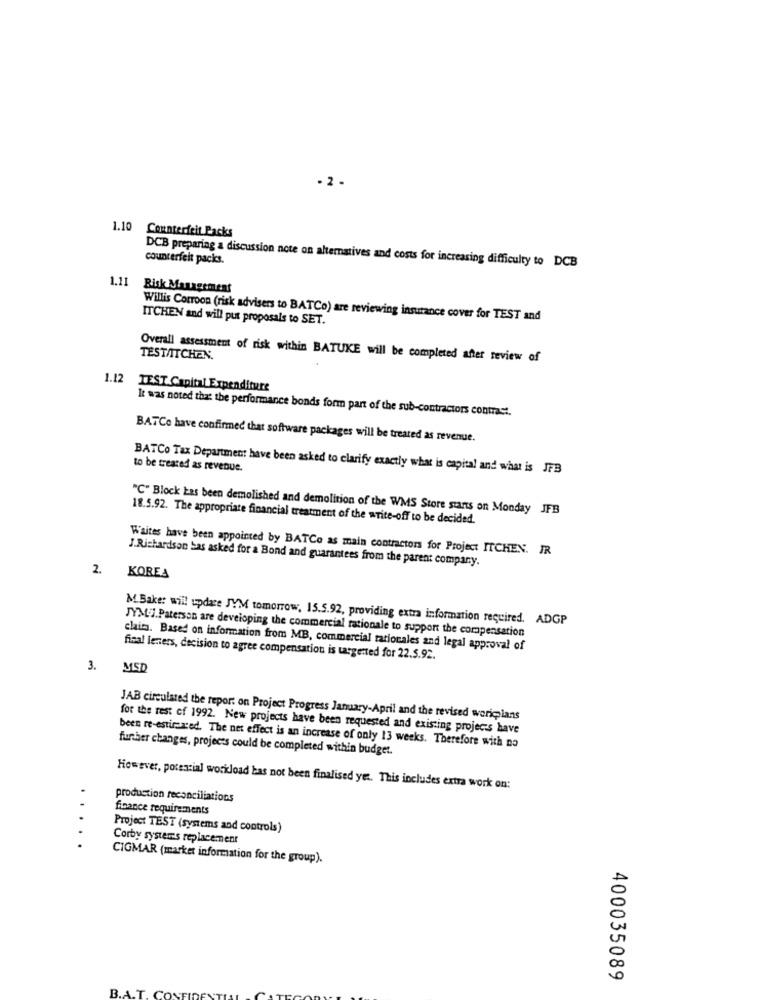
- 2.
1.10 Counterfeit Packs
counterfeit packs.
DCB preparing a discussion note on alternatives and costs for increasing difficulty to DCB
1.11
Risk Management
Willis Corroon (risk advisers to BATCo) are reviewing insurance cover for TEST and
ITCHEN and will put proposals to SET.
TESTAITCHEN
Overall assessment of risk within BATUKE will be completed after review of
1.12 TEST Capital Expenditure
It was noted that the performance bonds form part of the sub-contractors contrast.
BATCo have confirmed that software packages will be treated as revenue.
BATCo Tax Department have been asked to clarify exactly what is capital and what is JFB
to be treated as revenue.
"C" Block Las been demolished and demolition of the WMS Store starts on Monday JFB
18.5.92. The appropriate financial treatment of the write-off to be decided.
W'aites have been appointed by BATCo as main contractors for Project ITCHEN. IR
J.Richardson bas asked for a Bond and guarantees from the parent company.
2.
KOREA
M.Bake: will update JYM tomorrow, 15.5.92, providing extra information required. ADGP
JYML:J.Paterson are developing the commercial rationale to support the compensation
claims. Based on information from MB, commercial tationales and legal approval of
final leners, decision to agree compensation is targetted for 22.5.92.
3.
MSD
JAB circulated the report on Project Progress January-April and the revised wericians
for the rest of 1992. New projects have been requested and existing projects have
been re-estimated. The net effect is an increase of only 13 weeks. Therefore with no
further changes, projects could be completed within budget.
However, potenzial workload has not been finalised yet. This includes extra work on:
production reconciliations
finance requirements
Project TEST (systems and controls)
....
Corby systems replacement
CIGMAR (market information for the group).
400035089
B.A.